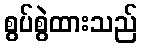
စွပ်စွဲထားသည်